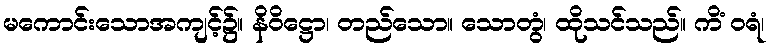
မကောင်းသောအကျင့်၌။ နိဝိဋ္ဌော၊ တည်သော။ သောတွံ၊ ထိုသင်သည်။ ကိံ ဝရံ၊